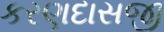
કરણદાસજી